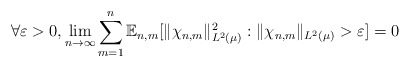
\begin{align*} \forall \varepsilon > 0, \lim_{n \to \infty} \sum_{m=1}^n \mathbb{E}_{n,m}[ \|\chi_{n,m} \|_{L^2(\mu)}^2 : \|\chi_{n,m} \|_{L^2(\mu)} > \varepsilon ] = 0 \end{align*}